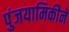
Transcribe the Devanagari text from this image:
पुंजयामिकीने